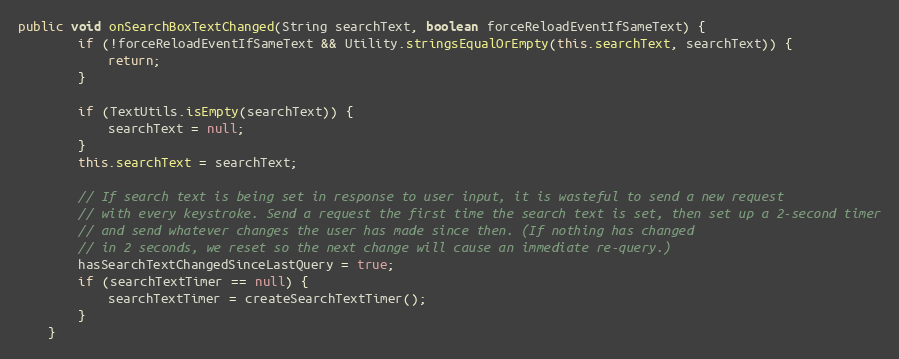
Language: Java
public void onSearchBoxTextChanged(String searchText, boolean forceReloadEventIfSameText) {
        if (!forceReloadEventIfSameText && Utility.stringsEqualOrEmpty(this.searchText, searchText)) {
            return;
        }

        if (TextUtils.isEmpty(searchText)) {
            searchText = null;
        }
        this.searchText = searchText;

        // If search text is being set in response to user input, it is wasteful to send a new request
        // with every keystroke. Send a request the first time the search text is set, then set up a 2-second timer
        // and send whatever changes the user has made since then. (If nothing has changed
        // in 2 seconds, we reset so the next change will cause an immediate re-query.)
        hasSearchTextChangedSinceLastQuery = true;
        if (searchTextTimer == null) {
            searchTextTimer = createSearchTextTimer();
        }
    }